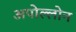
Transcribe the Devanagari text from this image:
अपोल्लोन